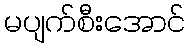
မပျက်စီးအောင်